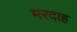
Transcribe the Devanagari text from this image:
मरदाह